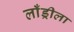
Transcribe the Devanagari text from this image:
लाँड्रीला